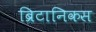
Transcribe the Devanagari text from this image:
ब्रिटानिकस